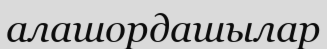
алашордашылар